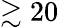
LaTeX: \gtrsim 20